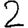
Digit: 2